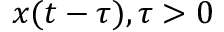
x ( t - \tau ) , \tau > 0